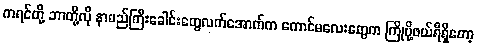
ကရင်တို့ ဘာတို့လို နာမည်ကြီးခေါင်းတွေလက်အောက်က ကောင်မလေးတွေက ကြိုပို့ဖယ်ရီရှိတော့